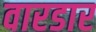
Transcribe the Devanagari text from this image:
वारडार